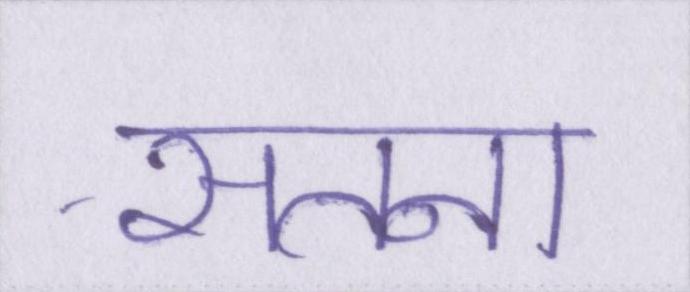
सतना